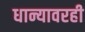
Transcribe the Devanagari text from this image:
धान्यावरही